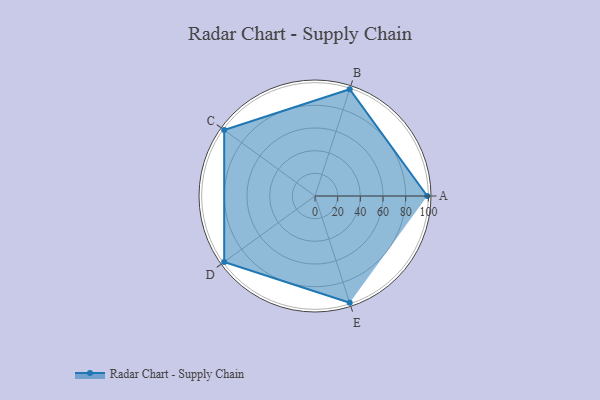
{"axis": {"x": "Skill", "y": "Score"}, "legend": ["Profile"], "data": [{"x": "A", "y": 99, "type": "Profile"}, {"x": "B", "y": 99, "type": "Profile"}, {"x": "C", "y": 99, "type": "Profile"}, {"x": "D", "y": 99, "type": "Profile"}, {"x": "E", "y": 99, "type": "Profile"}]}